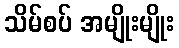
သိမ်စပ် အမျိုးမျိုး